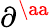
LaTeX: \partial^{\aa}